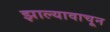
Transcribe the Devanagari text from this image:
झाल्यावाचून